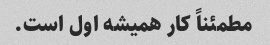
مطمئناً کار همیشه اول است.